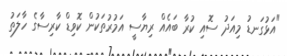
"އަޅުގަނޑު މިއަދު ސޮއި ކުރާ ބައެއް ރިޔާސީ އަމުރުތަކުން ކޮވިޑް ކާރިސާގެ ހާލަތު